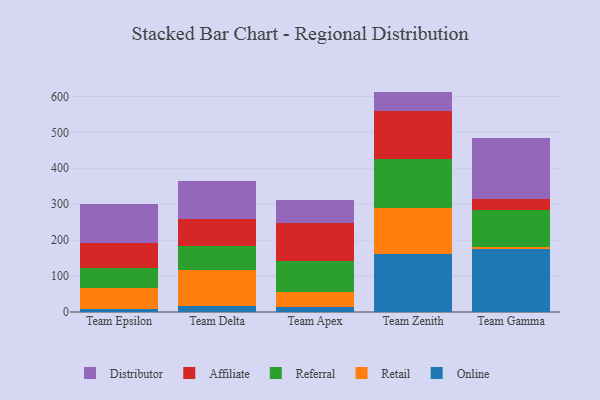
{"axis": {"x": "Team", "y": "Churn Rate (%)"}, "legend": ["Affiliate", "Distributor", "Online", "Referral", "Retail"], "data": [{"x": "Team Epsilon", "y": 8.4, "type": "Online"}, {"x": "Team Epsilon", "y": 57.7, "type": "Retail"}, {"x": "Team Epsilon", "y": 56.5, "type": "Referral"}, {"x": "Team Epsilon", "y": 69.5, "type": "Affiliate"}, {"x": "Team Epsilon", "y": 108.7, "type": "Distributor"}, {"x": "Team Delta", "y": 18.0, "type": "Online"}, {"x": "Team Delta", "y": 99.0, "type": "Retail"}, {"x": "Team Delta", "y": 66.1, "type": "Referral"}, {"x": "Team Delta", "y": 74.7, "type": "Affiliate"}, {"x": "Team Delta", "y": 108.1, "type": "Distributor"}, {"x": "Team Apex", "y": 15.0, "type": "Online"}, {"x": "Team Apex", "y": 40.1, "type": "Retail"}, {"x": "Team Apex", "y": 85.6, "type": "Referral"}, {"x": "Team Apex", "y": 105.8, "type": "Affiliate"}, {"x": "Team Apex", "y": 64.5, "type": "Distributor"}, {"x": "Team Zenith", "y": 160.8, "type": "Online"}, {"x": "Team Zenith", "y": 128.2, "type": "Retail"}, {"x": "Team Zenith", "y": 135.5, "type": "Referral"}, {"x": "Team Zenith", "y": 135.9, "type": "Affiliate"}, {"x": "Team Zenith", "y": 52.9, "type": "Distributor"}, {"x": "Team Gamma", "y": 176.0, "type": "Online"}, {"x": "Team Gamma", "y": 5.6, "type": "Retail"}, {"x": "Team Gamma", "y": 103.4, "type": "Referral"}, {"x": "Team Gamma", "y": 30.2, "type": "Affiliate"}, {"x": "Team Gamma", "y": 168.5, "type": "Distributor"}]}